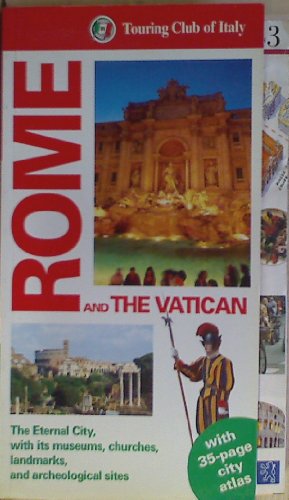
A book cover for Rome and the Vatican: The Eternal City, with Its Museums, Churches, Landmarks and Archeological Sites (Tci Guides); Italian Touring Club; Travel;